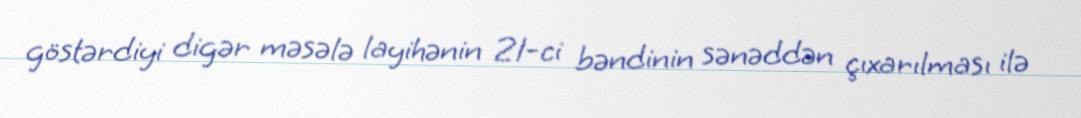
göstərdiyi digər məsələ layihənin 21-ci bəndinin sənəddən çıxarılması ilə